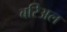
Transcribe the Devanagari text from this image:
बरिअल